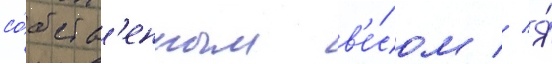
со́бств'енным в'е́сом // Я́